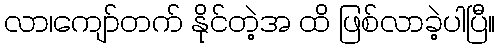
လာ၊ကျော်တက် နိုင်တဲ့အ ထိ ဖြစ်လာခဲ့ပါပြီ။